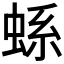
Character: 𧋬